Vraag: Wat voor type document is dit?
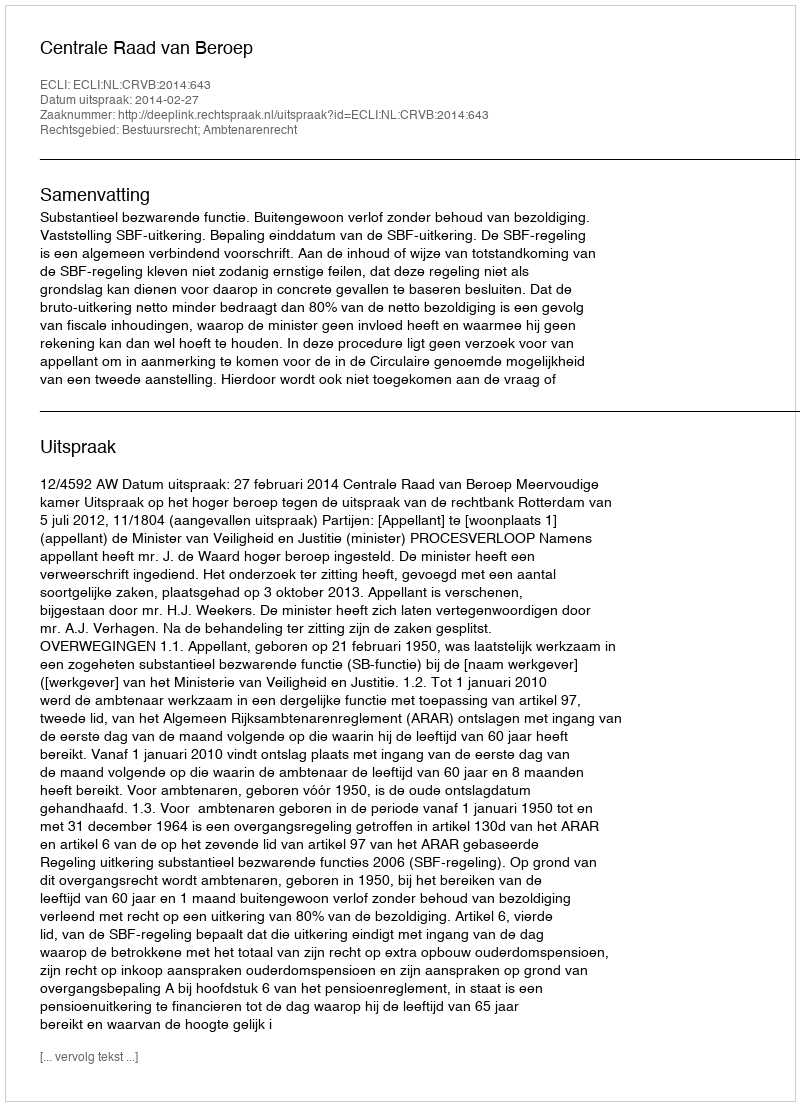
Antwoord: Uitspraak